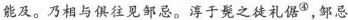
能及。乃相与俱往见邹忌。淳于髡之徒礼倨^{④}，邹忌x